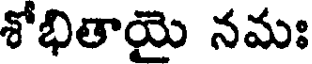
శోభితాయై నమః